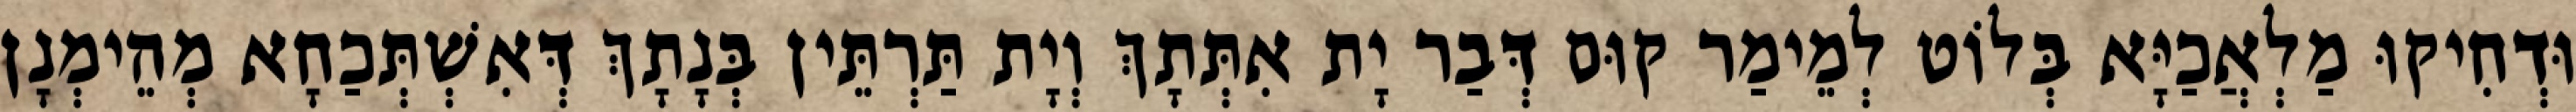
וּדְחִיקוּ מַלְאֲכַיָּא בְּלוֹט לְמֵימַר קוּם דְּבַר יָת אִתְּתָךְ וְיָת תַּרְתֵּין בְּנָתָךְ דְּאִשְׁתְּכַחָא מְהֵימְנָן